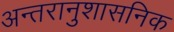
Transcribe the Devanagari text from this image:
अन्तरानुशासनिक